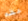
عظم